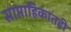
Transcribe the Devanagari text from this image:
साप्ताहिकातही